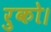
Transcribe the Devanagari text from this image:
रुको।